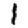
Digit: 1